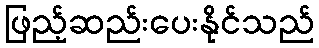
ဖြည့်ဆည်းပေးနိုင်သည်